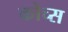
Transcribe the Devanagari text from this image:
कोच्स